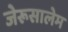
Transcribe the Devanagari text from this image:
जेरूसालेम